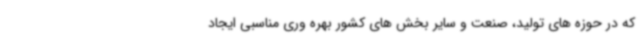
که در حوزه های تولید، صنعت و سایر بخش های کشور بهره وری مناسبی ایجاد